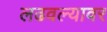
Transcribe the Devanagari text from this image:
लढवल्यावर